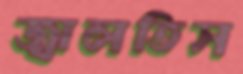
জ্বালতিস